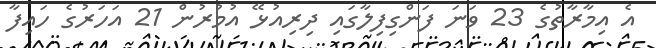
އެ އިމާރާތުގެ 23 ވަނަ ފަންގިފިލާގައި ދިރިއުޅޭ އުމުރުން 21 އަހަރުގެ ހައިފާ